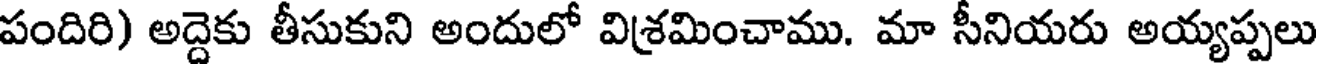
పందిరి) అద్దెకు తీసుకుని అందులో విశ్రమించాము. మా సీనియరు అయ్యప్పలు